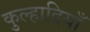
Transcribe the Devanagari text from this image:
कुल्हादियाँ